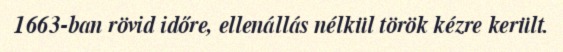
1663-ban rövid időre, ellenállás nélkül török kézre került.